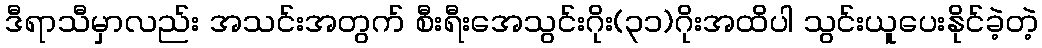
ဒီရာသီမှာလည်း အသင်းအတွက် စီးရီးအေသွင်းဂိုး(၃၁)ဂိုးအထိပါ သွင်းယူပေးနိုင်ခဲ့တဲ့